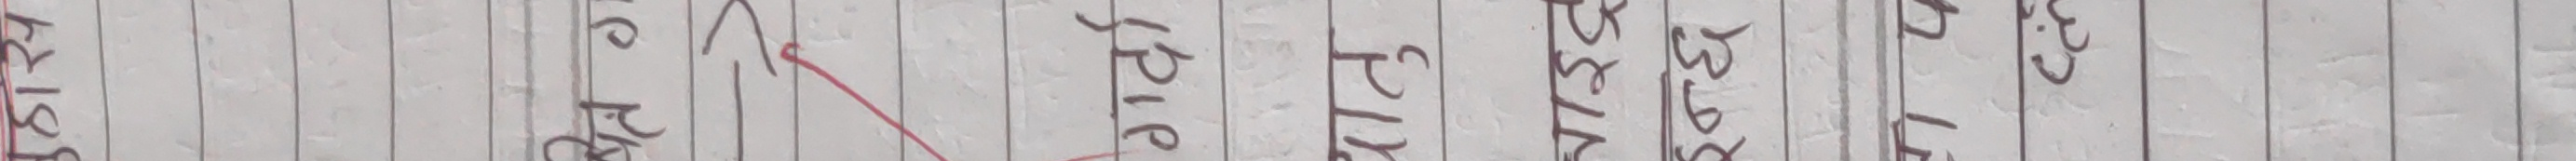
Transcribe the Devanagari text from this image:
४२८१३ मा प्र प्रि पु प १७५३३